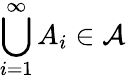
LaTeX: \bigcup_{i=1}^{\infty}A_{i}\in{\mathcal{A}}